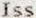
ISS